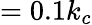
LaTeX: =0.1k_{c}